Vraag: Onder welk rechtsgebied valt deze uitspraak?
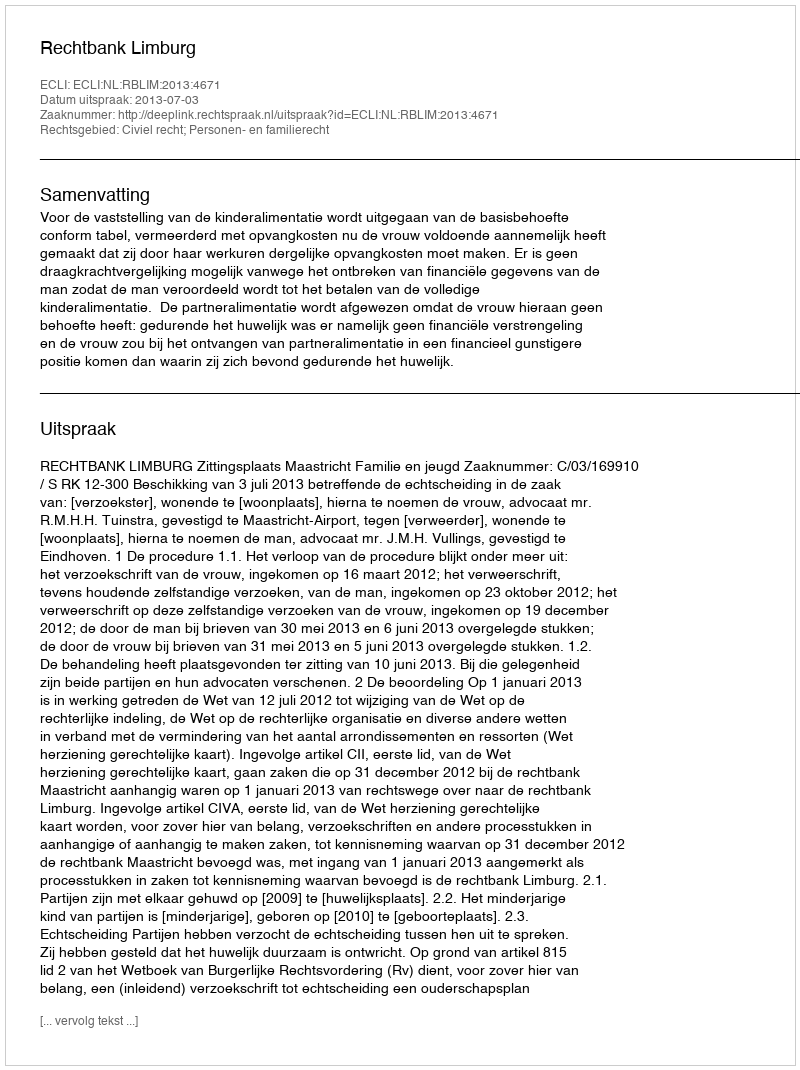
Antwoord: Civiel recht; Personen- en familierecht